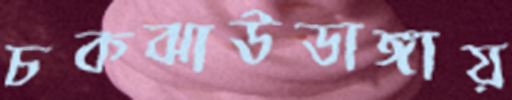
চকঝাউডাঙ্গায়